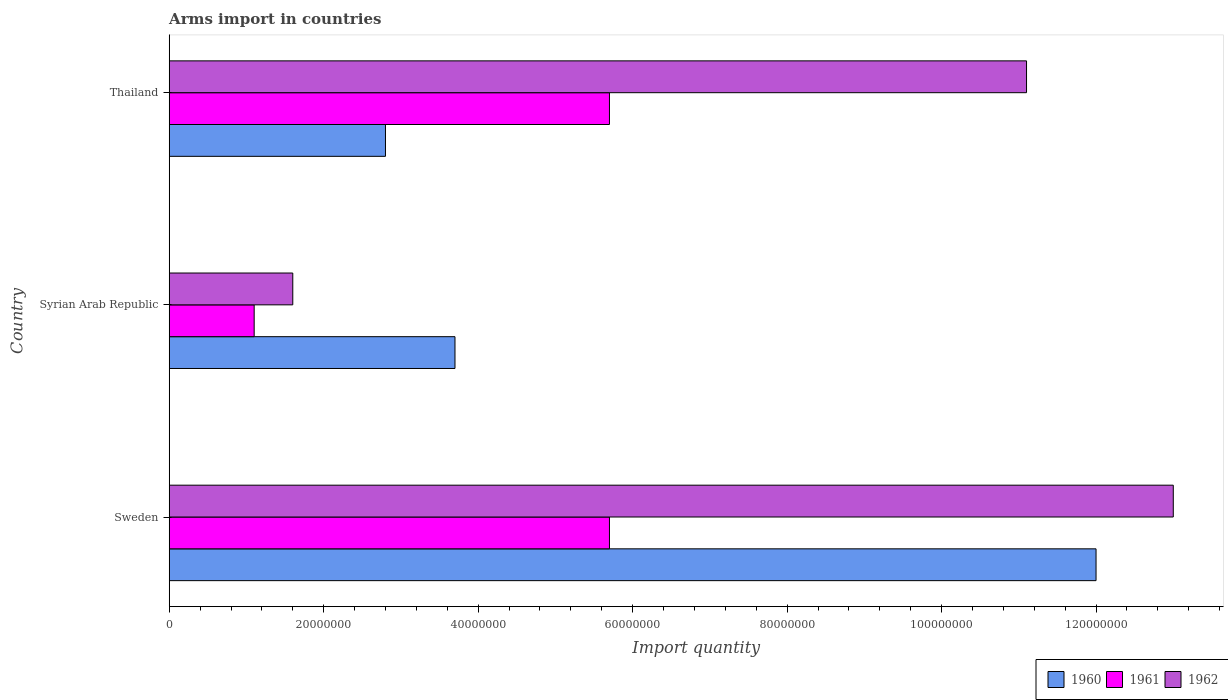
| Country | 1960 | 1961 | 1962 |
 | --- | --- | --- | --- |
 | Sweden | 1.2e+08 | 5.7e+07 | 1.3e+08 |
 | Syrian Arab Republic | 3.7e+07 | 1.1e+07 | 1.6e+07 |
 | Thailand | 2.8e+07 | 5.7e+07 | 1.11e+08 |